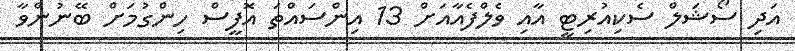
އަދި ސޯޝަލް ސެކިއުރިޓީ އާއި ވެލްފެއާއަށް 13 އިންސައްތަ އޮފީސް ހިންގުމަށް ބޭނުންވާ